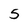
Character: 5